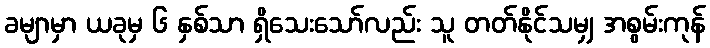
ခမျာမှာ ယခုမှ ၆ နှစ်သာ ရှိသေးသော်လည်း သူ တတ်နိုင်သမျှ အစွမ်းကုန်